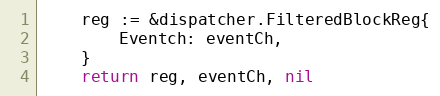
Language: Go
	reg := &dispatcher.FilteredBlockReg{
		Eventch: eventCh,
	}
	return reg, eventCh, nil